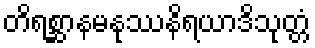
တိရစ္ဆာနမနုဿနိရယာဒိသုတ္တံ